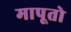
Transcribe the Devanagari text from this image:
मापूतो